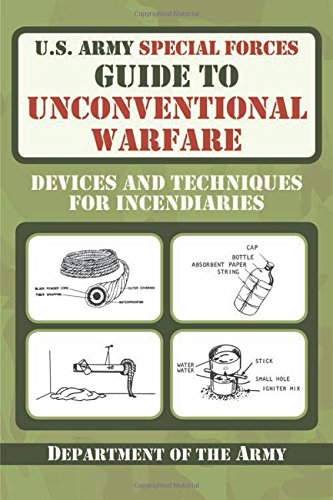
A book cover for U.S. Army Special Forces Guide to Unconventional Warfare: Devices and Techniques for Incendiaries; Army; History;